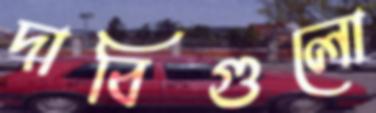
দাবিগুলো